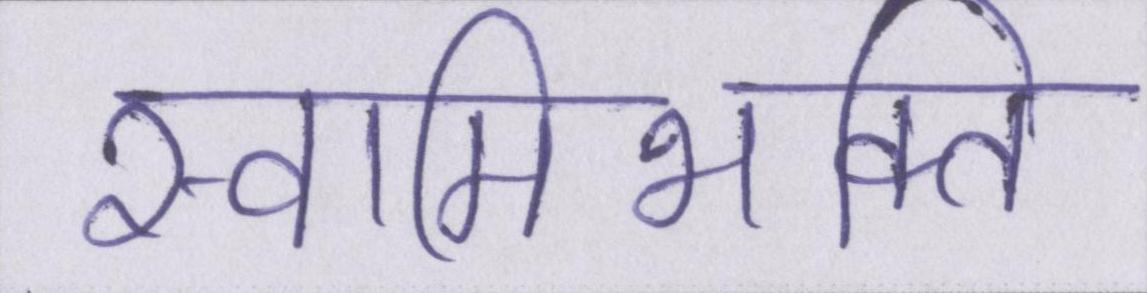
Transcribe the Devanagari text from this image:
स्वामिभक्ति